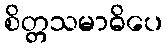
စိတ္တသမာဓိပေ